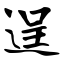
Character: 逞